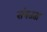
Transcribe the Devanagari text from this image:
संयतता